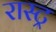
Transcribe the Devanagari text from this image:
रास्ट्र